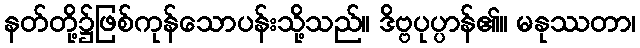
နတ်တို့၌ဖြစ်ကုန်သောပန်းသို့သည်။ ဒိဗ္ဗပုပ္ပာန်၏။ မနုဿတာ၊